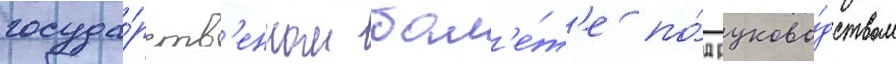
госуда́рств'енном бал'е́т'е по́д руково́дством